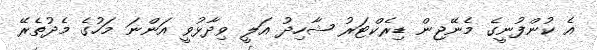
އެ ކުންފުނީގެ މެނޭޖިން ޑިރެކްޓަރު ޝާހިދު އަލީ ވިދާޅުވީ އަންނަ މަހުގެ މެދުތެރޭ